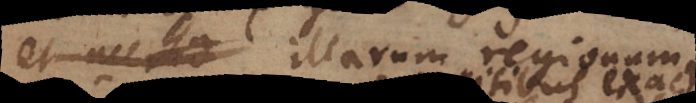
et – illarum regionum